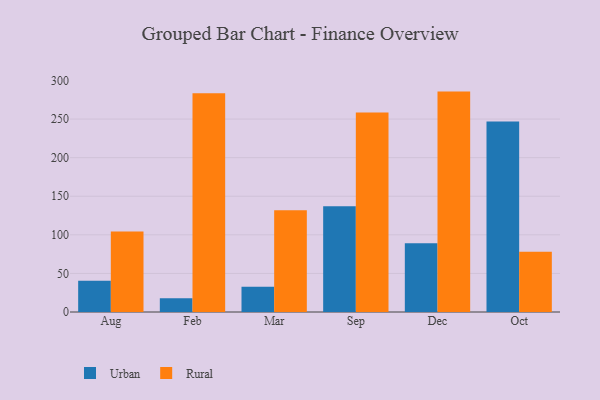
{"axis": {"x": "Month", "y": "Conversion Rate (%)"}, "legend": ["Rural", "Urban"], "data": [{"x": "Aug", "y": 40.5, "type": "Urban"}, {"x": "Aug", "y": 104.4, "type": "Rural"}, {"x": "Feb", "y": 17.7, "type": "Urban"}, {"x": "Feb", "y": 283.3, "type": "Rural"}, {"x": "Mar", "y": 32.6, "type": "Urban"}, {"x": "Mar", "y": 131.9, "type": "Rural"}, {"x": "Sep", "y": 136.9, "type": "Urban"}, {"x": "Sep", "y": 258.6, "type": "Rural"}, {"x": "Dec", "y": 89.0, "type": "Urban"}, {"x": "Dec", "y": 285.6, "type": "Rural"}, {"x": "Oct", "y": 246.7, "type": "Urban"}, {"x": "Oct", "y": 78.1, "type": "Rural"}]}